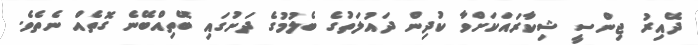
ދޭއިރު ޖިންސީ ޝިކާރައަކަށްވާ ކުދިން ދައުލަތުގެ ބެލުމުގެ ދަށުގައި ބޭތިއްބޭނެ ގޮތެއް ނެތެވެ.